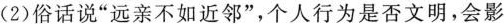
(2)俗话说”远亲不如近邻”，个人行为是否文明，会影